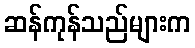
ဆန်ကုန်သည်များက